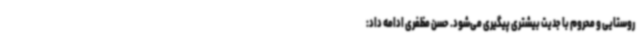
روستایی و محروم با جدیت بیشتری پیگیری می‌شود. حسن مظفری ادامه داد: